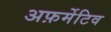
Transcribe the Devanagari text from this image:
अफ़र्मेटिव